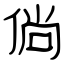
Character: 倘